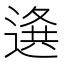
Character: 𨕊